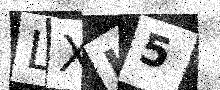
Text: LXL5